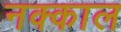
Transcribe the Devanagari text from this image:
नक्काल